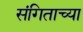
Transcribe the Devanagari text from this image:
संगिताच्या